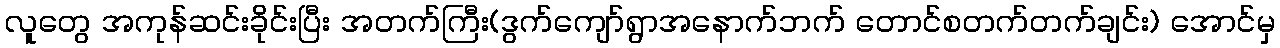
လူတွေ အကုန်ဆင်းခိုင်းပြီး အတက်ကြီး(ဒွက်ကျော်ရွာအနောက်ဘက် တောင်စတက်တက်ချင်း) အောင်မှ